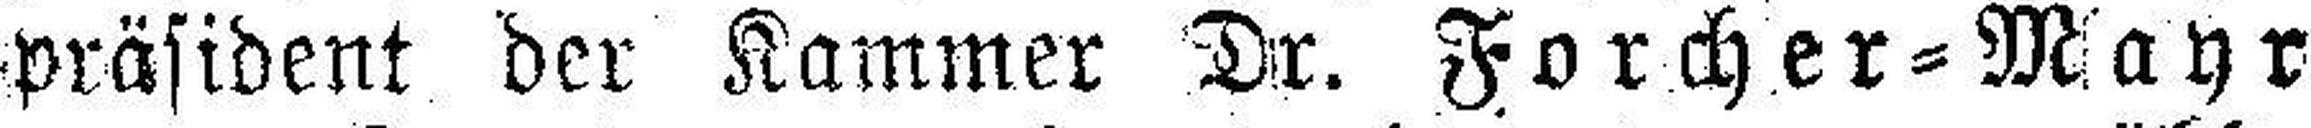
präsident der Kammer Dr. Forcher=Mayr